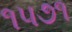
૧૫૭૧